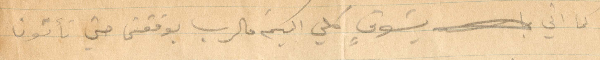
لما اني بشوق كلي اليكم فالرب يوفقني حتى تأتون